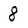
Character: 8